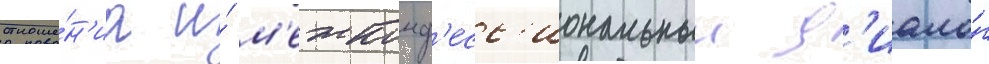
отноше́н'иа и́ м'ежконф'есс'иональныи д'иало́г